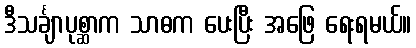
ဒီသင်္ချာပုစ္ဆာက သာဓက ပေးပြီး အဖြေ ရေးရမယ်။